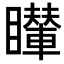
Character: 𥌦